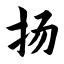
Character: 扬